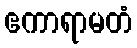
ဧကာရာမတံ